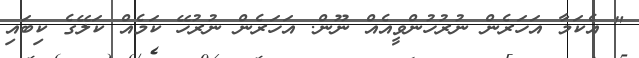
" އެކަމާ އަހަރެން ނުރުހުންވީއެއް ނޫން. އަހަރެން ނުރުހޭ ކަމެއް ކަލޭގެ ކިބައި